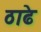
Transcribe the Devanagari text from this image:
ठाढे